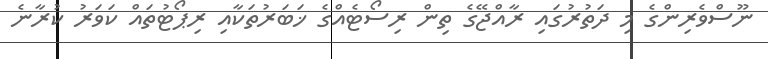
ނޫސްވެރިންގެ މި ދަތުރުގައި ރާއްޖޭގެ ތިން ރިސޯޓެއްގެ ޚަބަރުތަކާއި ރިޕޯޓުތައް ކަވަރު ކުރާނެ